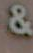
&